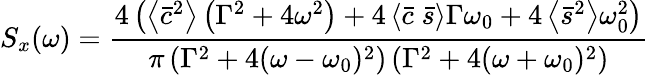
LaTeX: S_{x}(\omega)=\frac{4\left(\left\langle\bar{c}^{2}\right\rangle\left(\Gamma^{2}+4\omega^{2}\right)+4\left\langle\bar{c}\; \bar{s}\right\rangle\Gamma\omega_{0}+4\left\langle\bar{s}^{2}\right\rangle\omega_{0}^{2}\right)}{\pi\left(\Gamma^{2}+4(\omega-\omega_{0})^{2}\right)\left(\Gamma^{2}+4(\omega+\omega_{0})^{2}\right)}